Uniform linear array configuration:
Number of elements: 16
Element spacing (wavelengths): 0.75
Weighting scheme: exponential
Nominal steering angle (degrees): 60
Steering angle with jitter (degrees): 58.947
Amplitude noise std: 0.05
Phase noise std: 0.05

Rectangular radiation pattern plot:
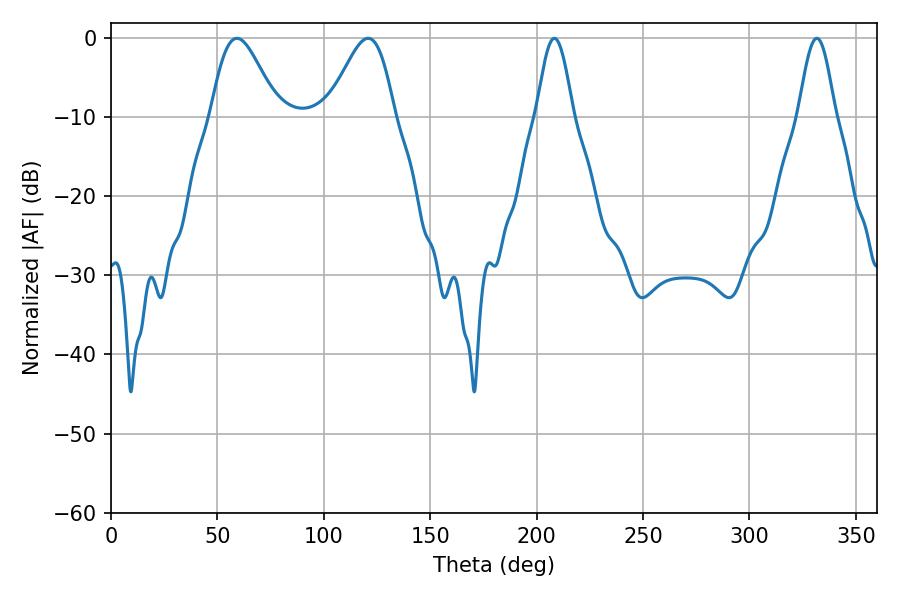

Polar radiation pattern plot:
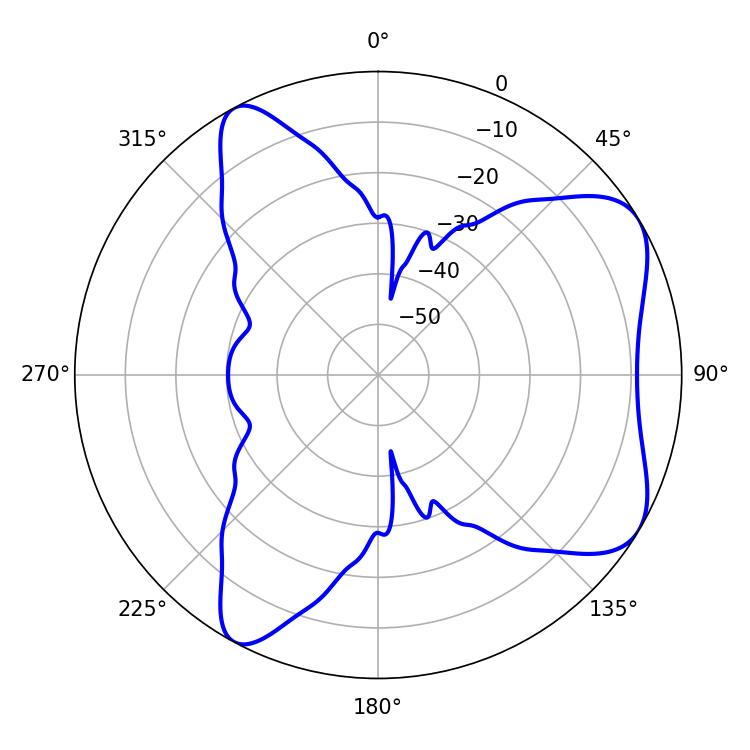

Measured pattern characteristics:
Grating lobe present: TRUE
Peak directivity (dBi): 6.622
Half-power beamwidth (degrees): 16.56
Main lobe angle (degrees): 59.22